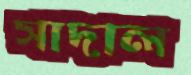
সাদাল